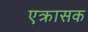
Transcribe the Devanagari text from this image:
एक्रासक